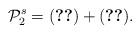
LaTeX: \begin{align*}\mathcal{P}_2^s = \eqref{1-1term1}+\eqref{0-2term1}.\end{align*}